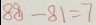
8 8 - 8 1 = 7